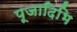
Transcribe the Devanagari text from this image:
पूजादिभि